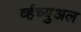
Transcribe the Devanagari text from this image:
र्व्हच्युअल